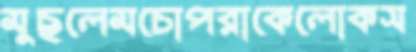
মুছলেমচোপরাকেলোকস